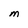
Character: M